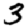
Digit: 3